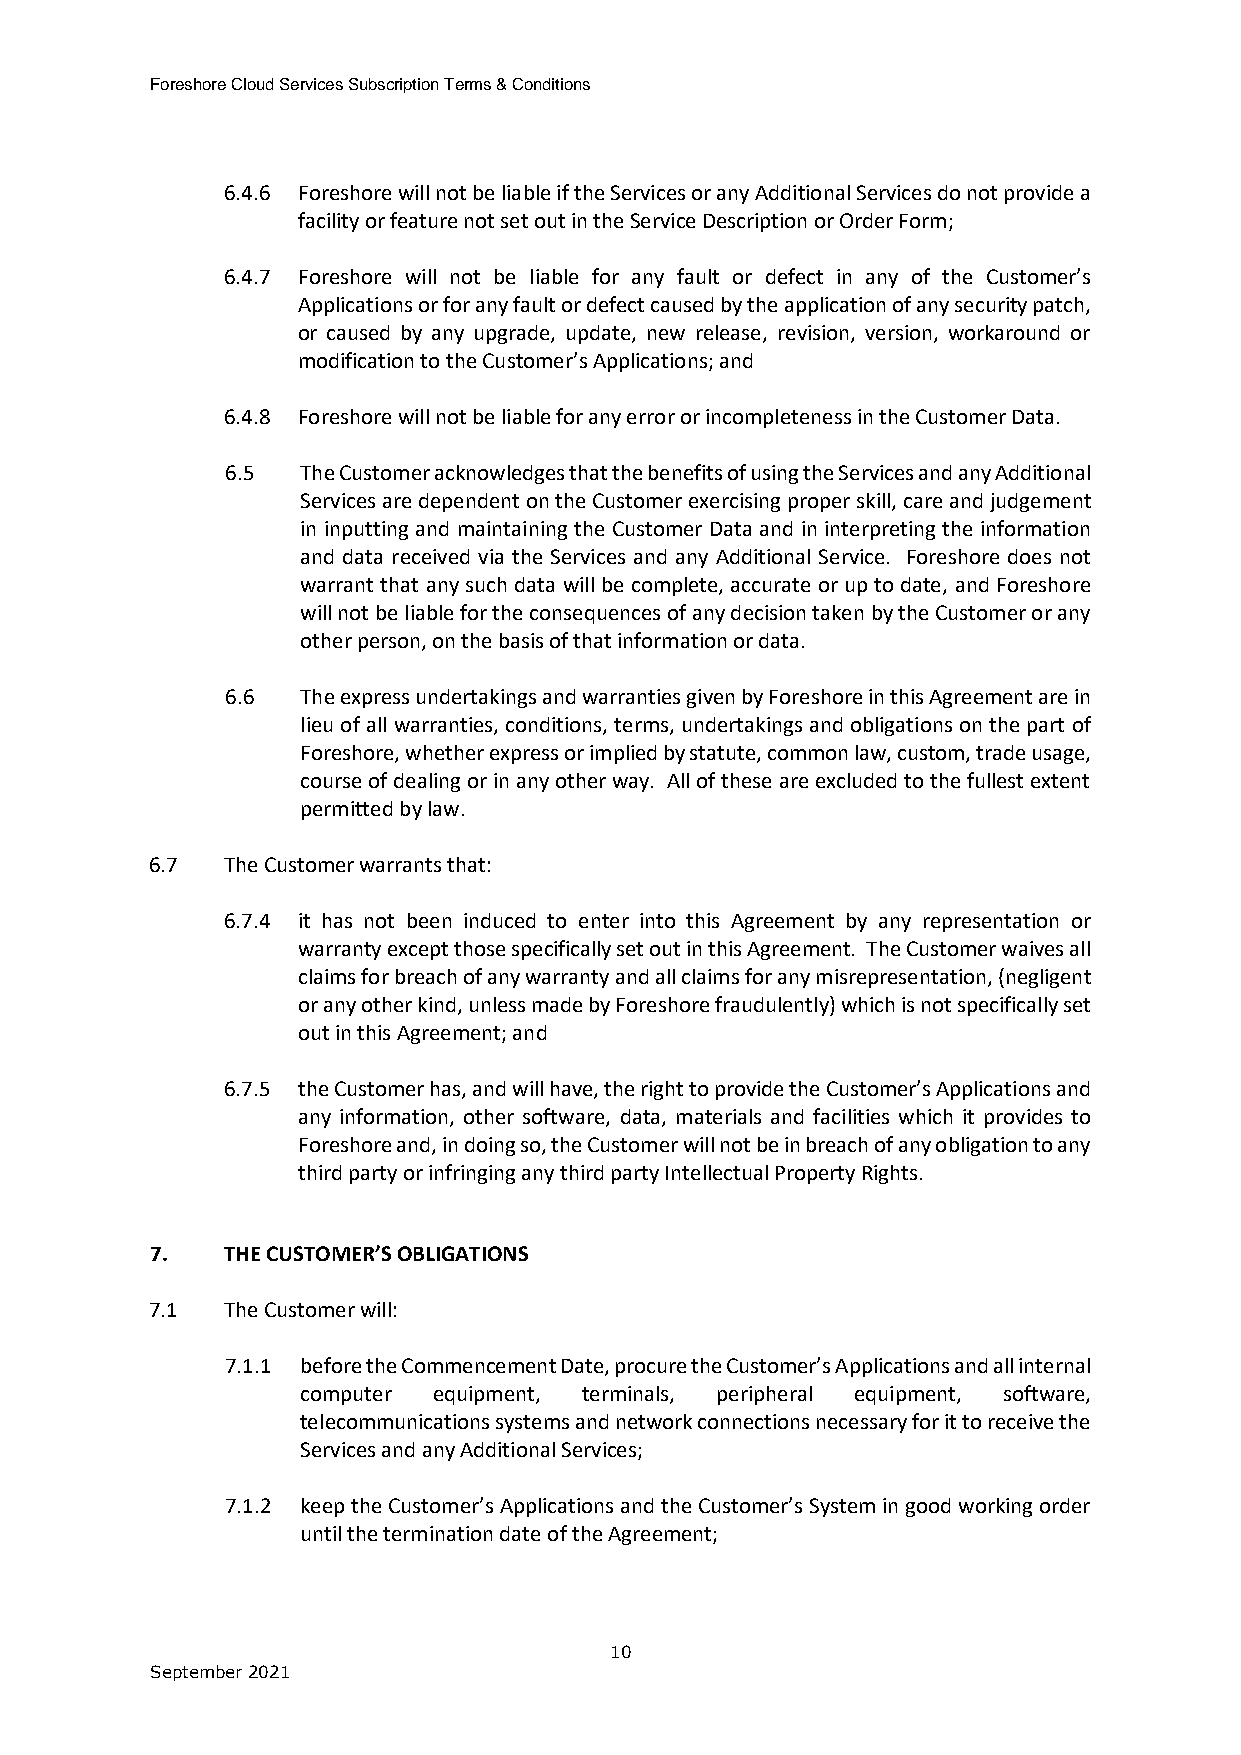
Foreshore Cloud Services Subscription Terms & Conditions
 6.4.6 Foreshore will not be liable if the Services or any Additional Services do not provide a
 facility or feature not set out in the Service Description or Order Form;
 6.4.7 Foreshore will not be liable for any fault or defect in any of the Customer’s
 Applications or for any fault or defect caused by the application of any security patch,
 or caused by any upgrade, update, new release, revision, version, workaround or
 modification to the Customer’s Applications; and
 6.4.8 Foreshore will not be liable for any error or incompleteness in the Customer Data.
 6.5  The Customer acknowledges that the benefits of using the Services and any Additional
 Services are dependent on the Customer exercising proper skill, care and judgement
 in inputting and maintaining the Customer Data and in interpreting the information
 and data received via the Services and any Additional Service. Foreshore does not
 warrant that any such data will be complete, accurate or up to date, and Foreshore
 will not be liable for the consequences of any decision taken by the Customer or any
 other person, on the basis of that information or data.
 6.6  The express undertakings and warranties given by Foreshore in this Agreement are in
 lieu of all warranties, conditions, terms, undertakings and obligations on the part of
 Foreshore, whether express or implied by statute, common law, custom, trade usage,
 course of dealing or in any other way. All of these are excluded to the fullest extent
 permitted by law.
 6.7  The Customer warrants that:
 6.7.4 it has not been induced to enter into this Agreement by any representation or
 warranty except those specifically set out in this Agreement. The Customer waives all
 claims for breach of any warranty and all claims for any misrepresentation, (negligent
 or any other kind, unless made by Foreshore fraudulently) which is not specifically set
 out in this Agreement; and
 6.7.5 the Customer has, and will have, the right to provide the Customer’s Applications and
 any information, other software, data, materials and facilities which it provides to
 Foreshore and, in doing so, the Customer will not be in breach of any obligation to any
 third party or infringing any third party Intellectual Property Rights.
 7.   THE CUSTOMER’S OBLIGATIONS
 7.1  The Customer will:
 7.1.1 before the Commencement Date, procure the Customer’s Applications and all internal
 computer equipment, terminals, peripheral equipment, software,
 telecommunications systems and network connections necessary for it to receive the
 Services and any Additional Services;
 7.1.2 keep the Customer’s Applications and the Customer’s System in good working order
 until the termination date of the Agreement;
 10
 September 2021